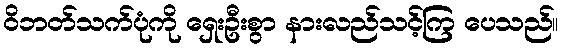
ဝိဘတ်သက်ပုံကို ရှေးဦးစွာ နားလည်သင့်ကြ ပေသည်။